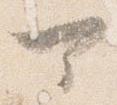
可